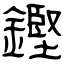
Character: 鏗